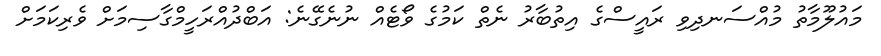
މައުލޫމާތު މުއްސަނދިވި ރައީސްގެ އިތުބާރު ނެތް ކަމުގެ ވޯޓެއް ނުނެގޭނެ: އަބްދުއްރަހީމްގާސިމަށް ވެރިކަމަށް